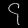
Digit: ၄